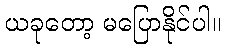
ယခုတော့ မပြောနိုင်ပါ။